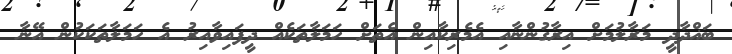
ބަޣްދާދީ މަރާލުމަށް އިރާގުންނާއި އެމެރިކާއިން އެތަށް ހަމަލާތަކެއް ދީފައިވާއިރު އެ ހަމަލާތަކަކުން އޭނާ